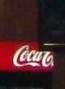
coco